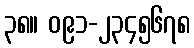
၃၈။ ၀၉၁-၂၃၄၅၆၇၈